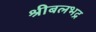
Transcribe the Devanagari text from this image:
श्रीबलभद्र